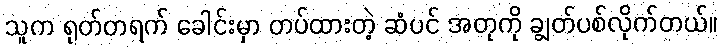
သူက ရုတ်တရက် ခေါင်းမှာ တပ်ထားတဲ့ ဆံပင် အတုကို ချွတ်ပစ်လိုက်တယ်။